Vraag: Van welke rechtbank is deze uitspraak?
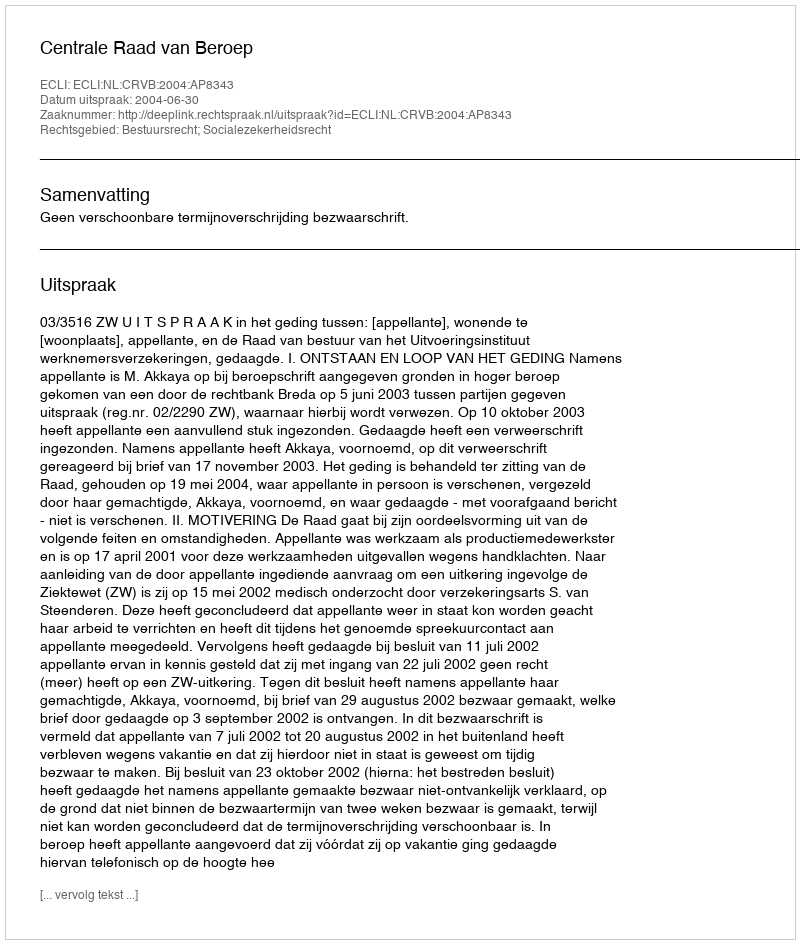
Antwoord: Centrale Raad van Beroep